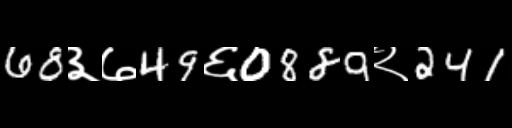
Text: 68३७49६0889२241